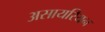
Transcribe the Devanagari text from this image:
असायरियन